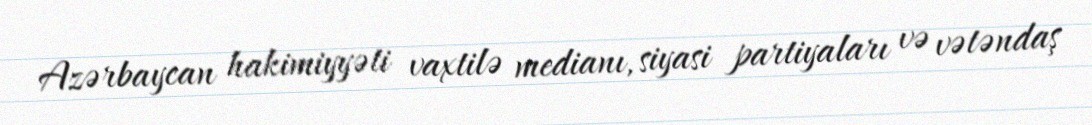
Azərbaycan hakimiyyəti vaxtilə medianı, siyasi partiyaları və vətəndaş